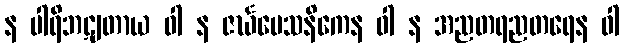
န ပါရိဘဋျတာယ ဝါ န ဇင်္ဃပေသနိကေန ဝါ န အညတရညတရေန ဝါ